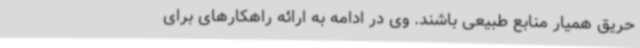
حریق همیار منابع طبیعی باشند. وی در ادامه به ارائه راهکارهای برای